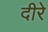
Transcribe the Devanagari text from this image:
दीरे